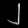
Digit: ၂